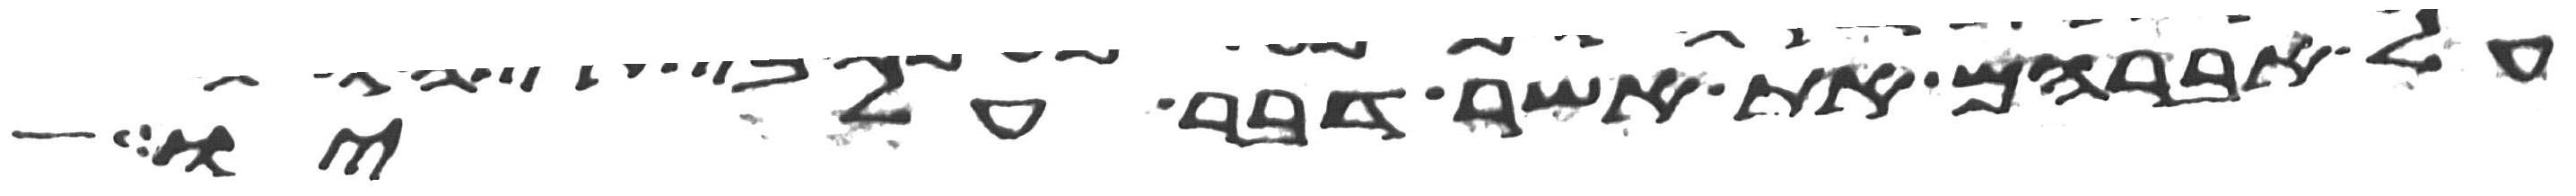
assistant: על אברהם את אשר דבר עליו